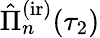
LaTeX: \hat{\Pi}_{n}^{\mathrm{(ir)}}(\tau_{2})